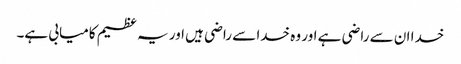
خدا ان سے راضی ہے اور وہ خدا سے راضی ہیں اور یہ عظیم کامیابی ہے۔